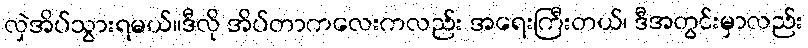
လှဲအိပ်သွားရမယ်။ဒီလို အိပ်တာကလေးကလည်း အရေးကြီးတယ်၊ ဒီအတွင်းမှာလည်း